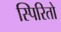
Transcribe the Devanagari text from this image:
स्पिरितो